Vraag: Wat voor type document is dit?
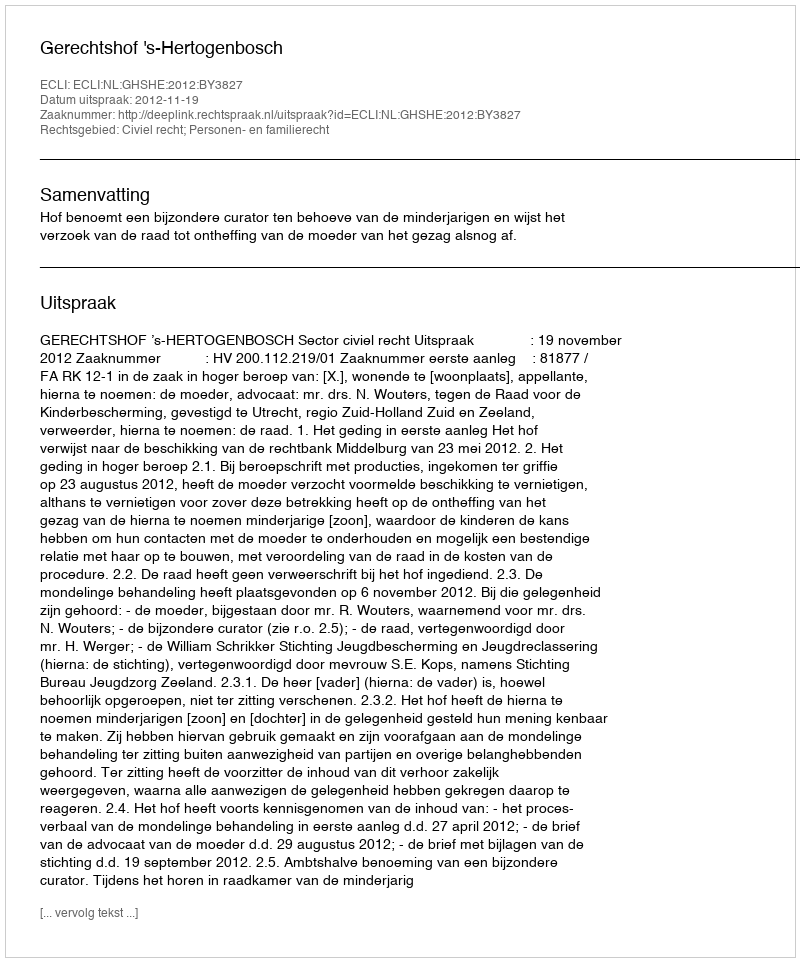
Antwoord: Uitspraak